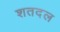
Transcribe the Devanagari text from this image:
शतदल